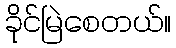
ခိုင်မြဲစေတယ်။